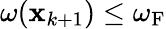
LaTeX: \omega({\mathbf{x}}_{k+1})\leq\omega_{\mathrm{{F}}}